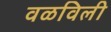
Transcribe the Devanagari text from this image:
वळविली